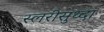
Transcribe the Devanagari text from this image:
स्लरीसुध्दा